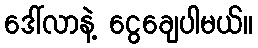
ဒေါ်လာနဲ့ ငွေချေပါမယ်။